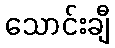
သောင်းချီ